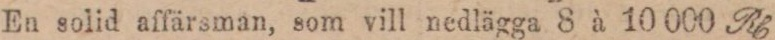
En solid affärsman, som vill nedlägga 8 à 10 000 Kl